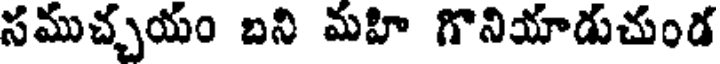
సముచ్చయం బని మహి గొనియాడుచుండ